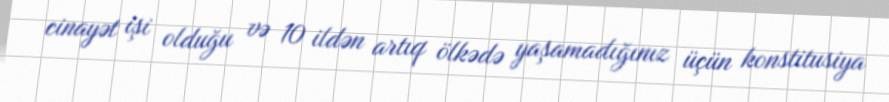
cinayət işi olduğu və 10 ildən artıq ölkədə yaşamadığınız üçün konstitusiya